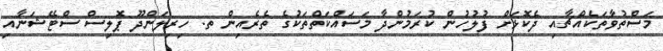
މަސްތުވާތަކެއްޗާއި ދެކޮޅަށް ފުލުހުން ކުރަމުންދާ މަސައްކަތްތަކުގެ ތެރެއިން ތ. ހިރިލަންދޫ ޕޮލިސް ސްޓޭޝަނާއި